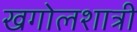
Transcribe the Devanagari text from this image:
खगोलशात्री